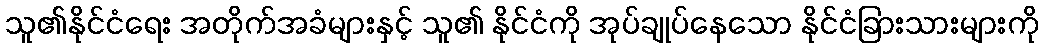
သူ၏နိုင်ငံရေး အတိုက်အခံများနှင့် သူ၏ နိုင်ငံကို အုပ်ချုပ်နေသော နိုင်ငံခြားသားများကို